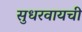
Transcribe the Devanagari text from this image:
सुधरवायची